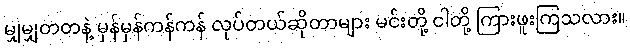
မျှမျှတတနဲ့ မှန်မှန်ကန်ကန် လုပ်တယ်ဆိုတာများ မင်းတို့ ငါတို့ ကြားဖူးကြသလား။